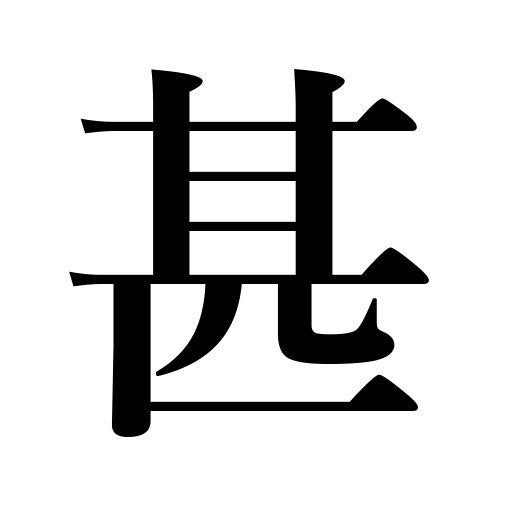
Meanings: extreme,exceedingly,greatly,severe,intense,excessive,serious,very